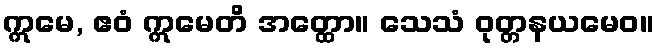
ဣမေ, ဧဝံ ဣမေတိ အတ္ထော။ သေသံ ဝုတ္တနယမေဝ။